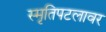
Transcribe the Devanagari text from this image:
स्मृतिपटलावर